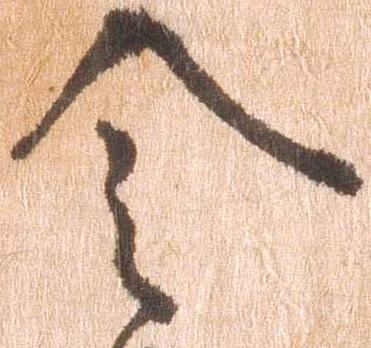
令